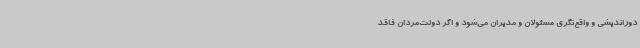
دوراندیشی و واقع‌نگری مسئولان و مدیران می‌شود و اگر دولت‌مردان فاقد